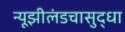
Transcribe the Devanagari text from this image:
न्यूझीलंडचासुद्धा